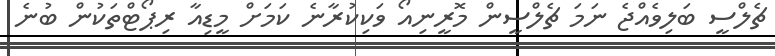
ޗެލްސީ ބަލިވެއްޖެ ނަމަ ޗެލްސީން މޮރީނިއޯ ވަކިކުރާނެ ކަމަށް މީޑިއާ ރިޕޯޓްތަކުން ބުނެ